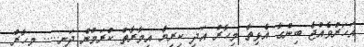
އަހަރުވެއްޖެ ބިންގާ އެޅިތާ މިހާރު އަދި ކިރިޔާ އިމާރާތް ކުރަމުން ދަނީ..... މިހާރު